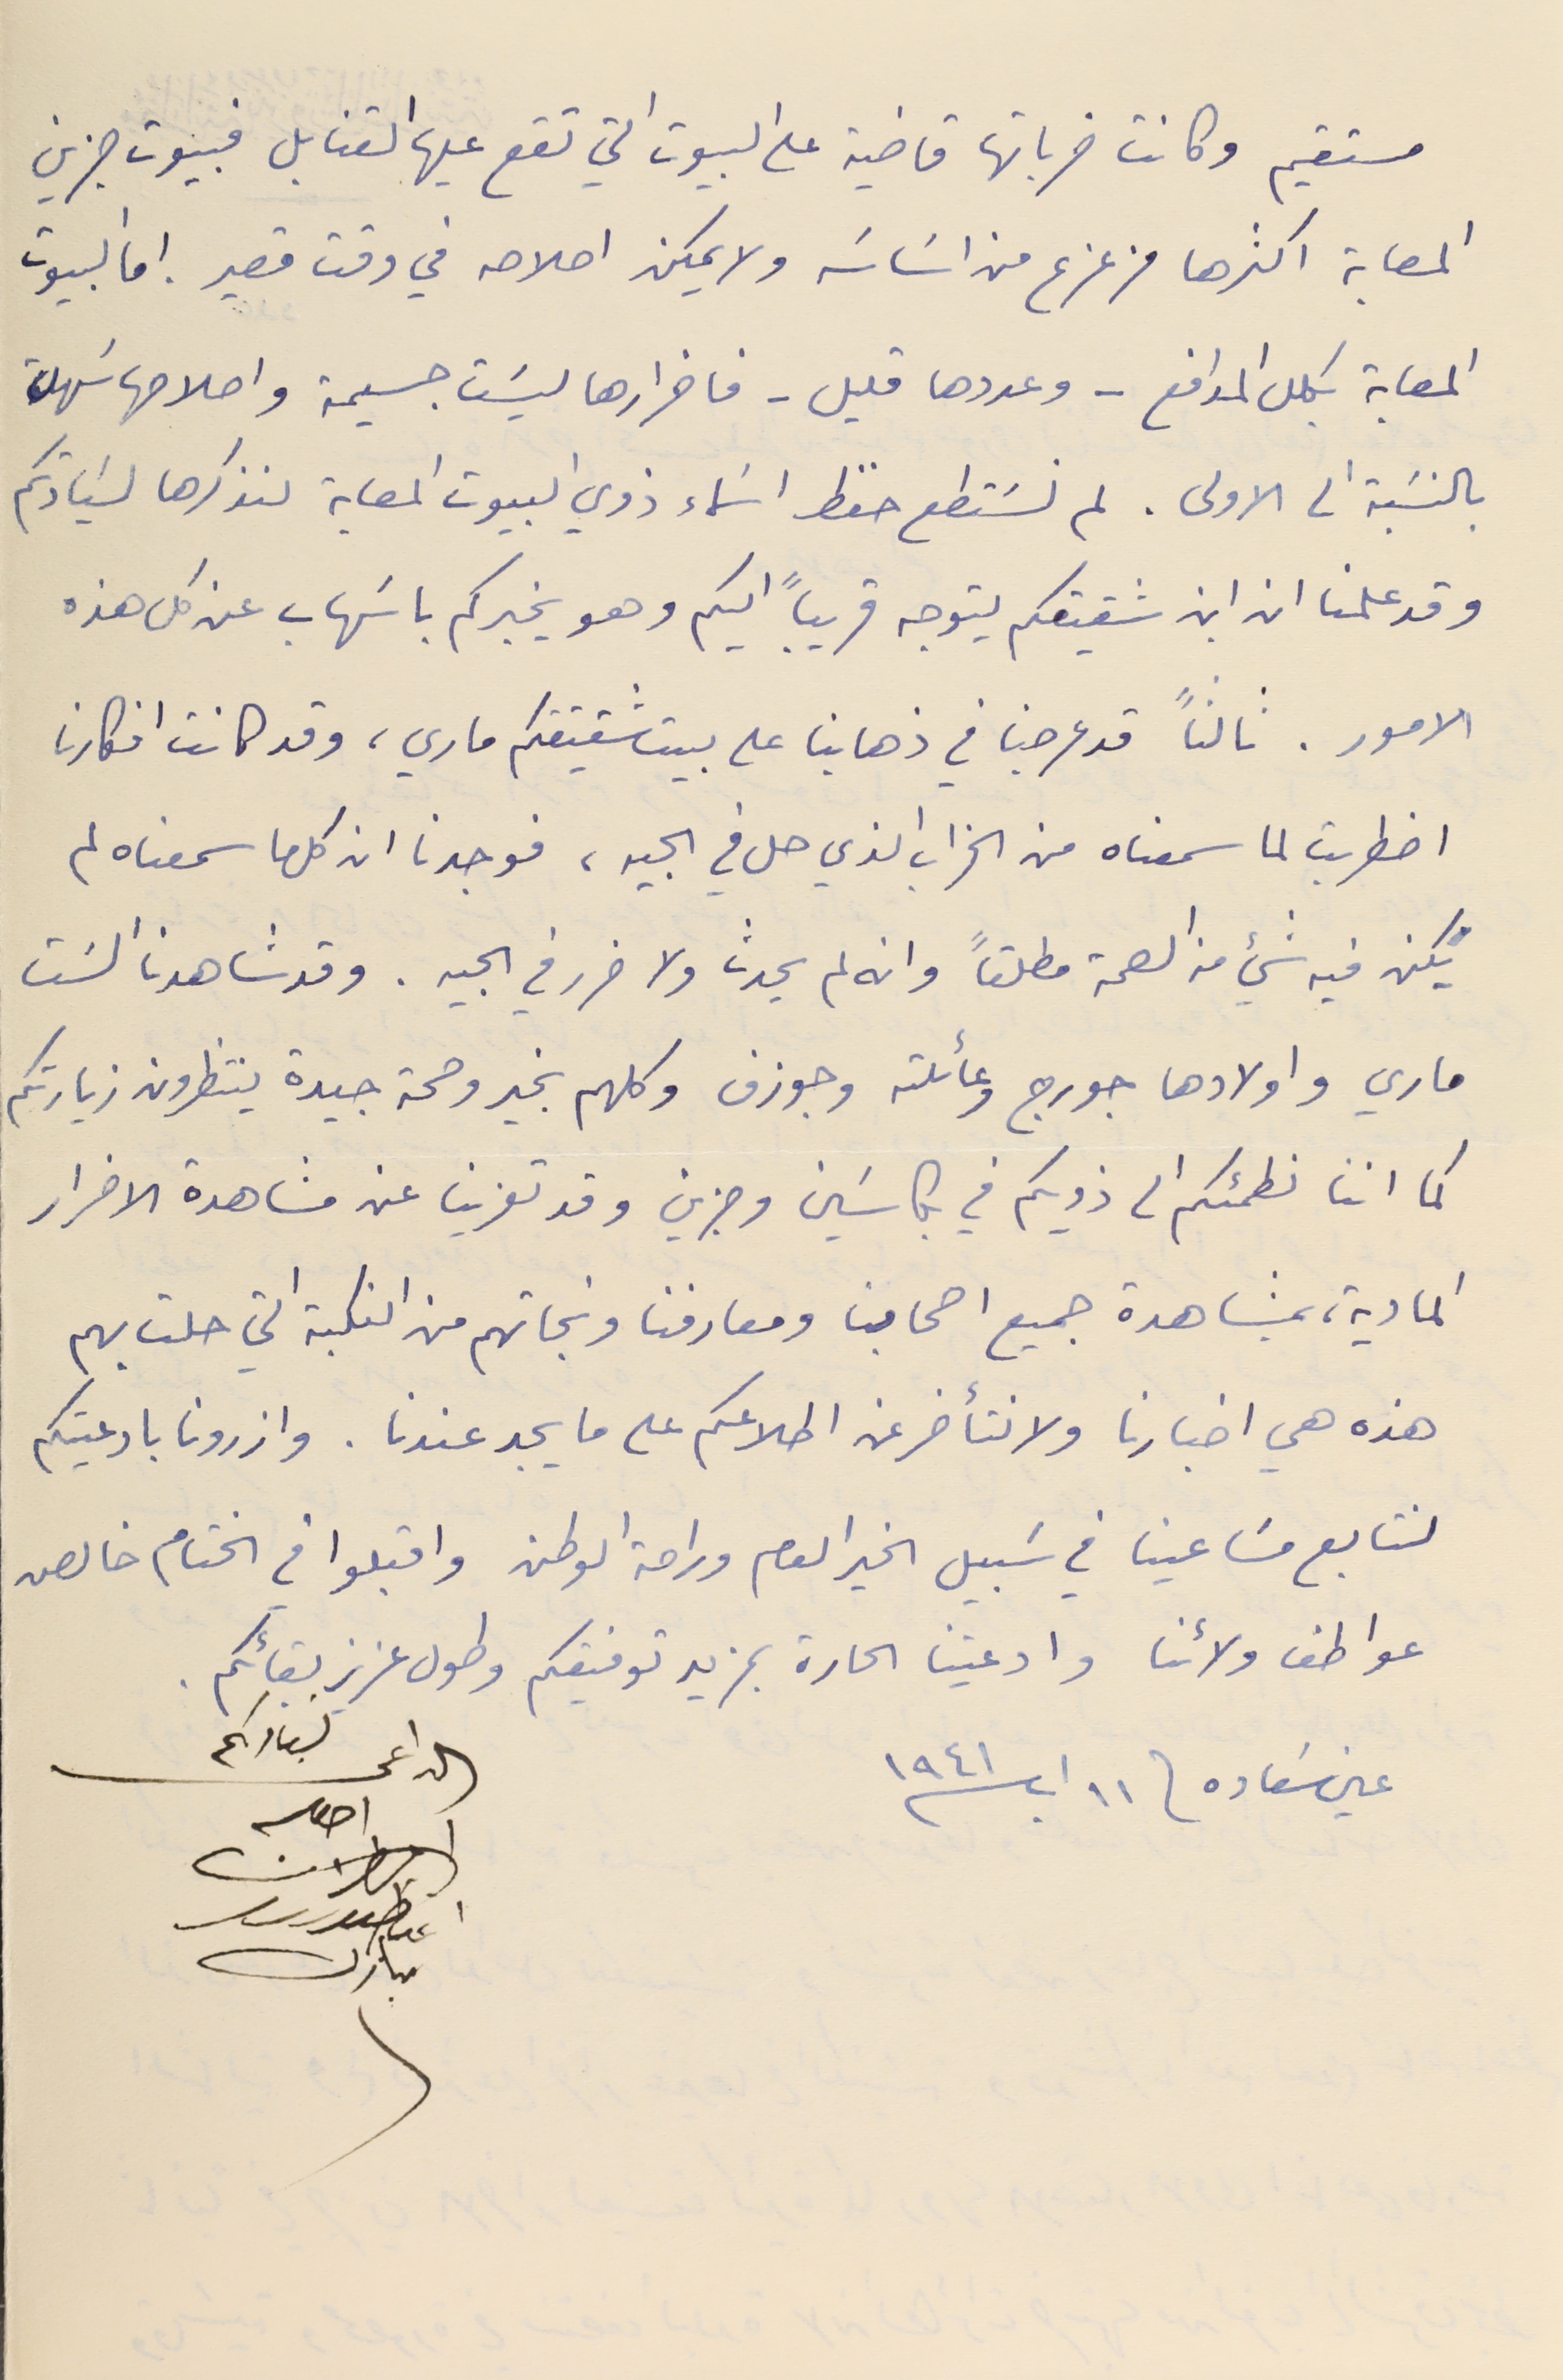
مستقيم وكانت ضرباتها قاضية على البيوت التي تقع عليها القنابل فبيوت جزين
 المصابة اكثرها مزعزع من اسَاسَه ولا يمكن اصلاحه في وقت قصير. اما البيوت
 المصابة بكلل المدافع -وعددها قليل- فاضرارها ليسَت جسيمة واصلاحها سَهل
بالنسَبة الى الاولى. لم نسَتطع حفظ اسَماء ذوي البيوت المصابة لنذكرها لسَيادتكم
وقد علمنا ان ابن شقيقكم يتوجه قريباً اليكم وهو يخبركم باسَهاب عن كل هذه
الامور. ثألثاً قد عرجنا في ذهابنا على بيت شقيقتكم ماري، وقد كانت افكارنا
 اضطربت لما سمعناه من الخراب الذي حل في الجيه، فوجدنا ان كل ما سمعناه لم
يَكن فيه شيء من الصحة مطلقاً وانه لم يحدث ولا ضرر في الجيه. وقد شاهدنا السَت
ماري واولادها جورج وعائلته وجوزف وكلهم بخير وصحة جيدة ينتظرون زيارتكم
 كما اننا نطمئىكم الى ذويكم في بكاسَين وجزين وقد تعزينا عن مشاهدة الاضرار
 المادية، بمشاهدة جميع اصحابنا ومعارفنا ونجاتهم من النكبة التي حلت بهم
هذه هي اخبارنا ولا نتأخر عن اطلاعكم على ما يجد عندنا. وازرونا بادعيتكم
 لنتابع مسَاعينا في سَبيل الخير العام وراحة الوطن واقبلوا في الختام خالص
 عواطف ولائنا وادعيتنا الحارة بمزيد توفيقكم وطول عزيز بقائكم.
عين سَعاده فى ١١ اب سنة ١٩٤١
احوكم
المطران
لسيادىكم
 الداعى
اغناطىوس
مبارك